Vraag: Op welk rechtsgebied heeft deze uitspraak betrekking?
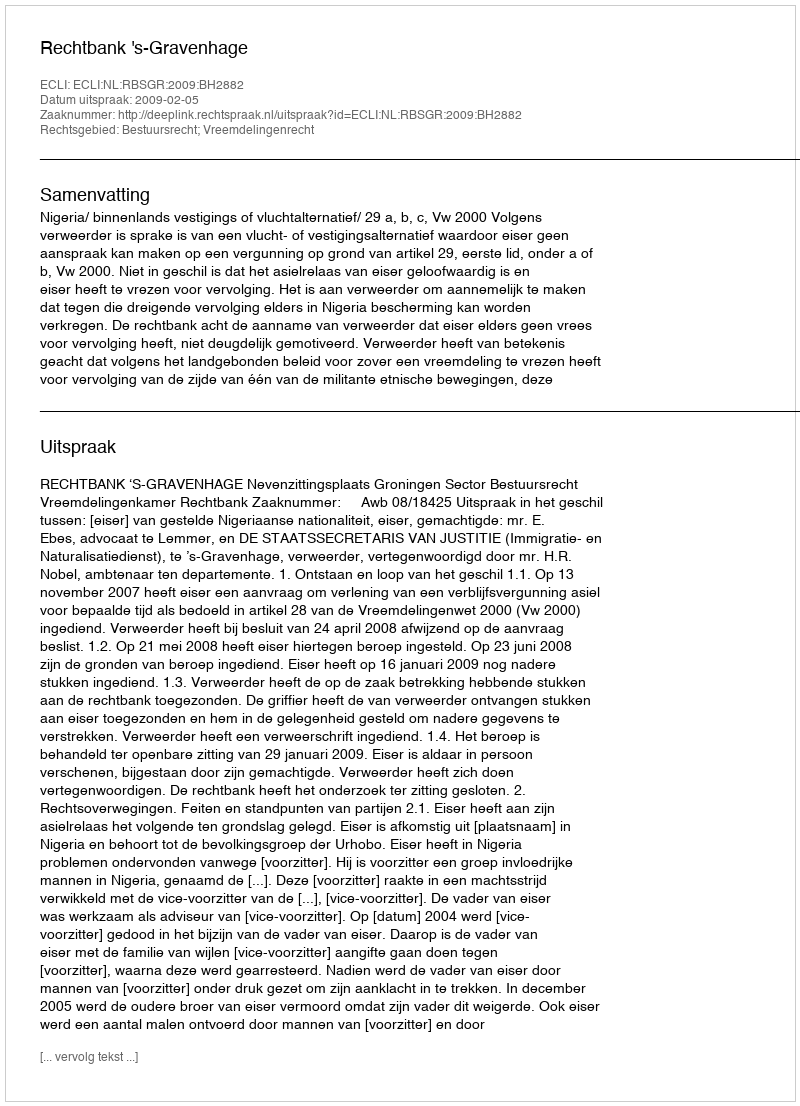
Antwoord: Bestuursrecht; Vreemdelingenrecht